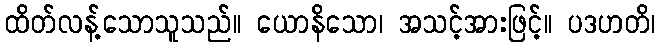
ထိတ်လန့်သောသူသည်။ ယောနိသော၊ အသင့်အားဖြင့်။ ပဒဟတိ၊